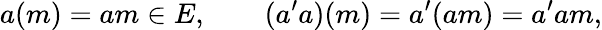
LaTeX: a(m)=am\in E,\qquad(a^{\prime}a)(m)=a^{\prime}(am)=a^{\prime}am,